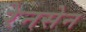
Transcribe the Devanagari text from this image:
रेनसेन